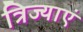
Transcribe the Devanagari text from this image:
त्रिज्याएं